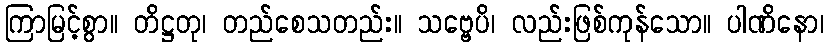
ကြာမြင့်စွာ။ တိဋ္ဌတု၊ တည်စေသတည်း။ သဗ္ဗေပိ၊ လည်းဖြစ်ကုန်သော။ ပါဏိနော၊